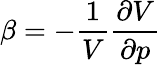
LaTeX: \beta=-{\frac{1}{V}}{\frac{\partial V}{\partial p}}